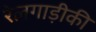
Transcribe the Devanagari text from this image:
रेलगाड़ीकी